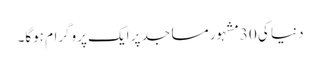
دنیا کی 30مشہور مساجد پر ایک پروگرام ہوگا۔